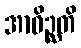
အာဝိဉ္ဆတိ